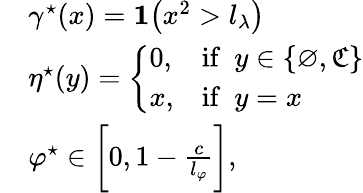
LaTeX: \begin{array}{rl}&{\gamma^{\star}(x)=\mathbf{1}\big(x^{2}>l_{\lambda}\big)}\\ &{\eta^{\star}(y)=\left\{ \begin{array}{ll}{0,}&{\mathrm{if}\ \ y\in\{ \varnothing,\mathfrak{C}\} }\\ {x,}&{\mathrm{if}\ \ y=x}\end{array}\right.}\\ &{\varphi^{\star}\in\bigg[0,1-\frac{c}{l_{\varphi}}\bigg],}\end{array}